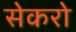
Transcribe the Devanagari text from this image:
सेकरो